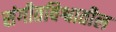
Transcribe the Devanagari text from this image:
संगीतविश्वातील